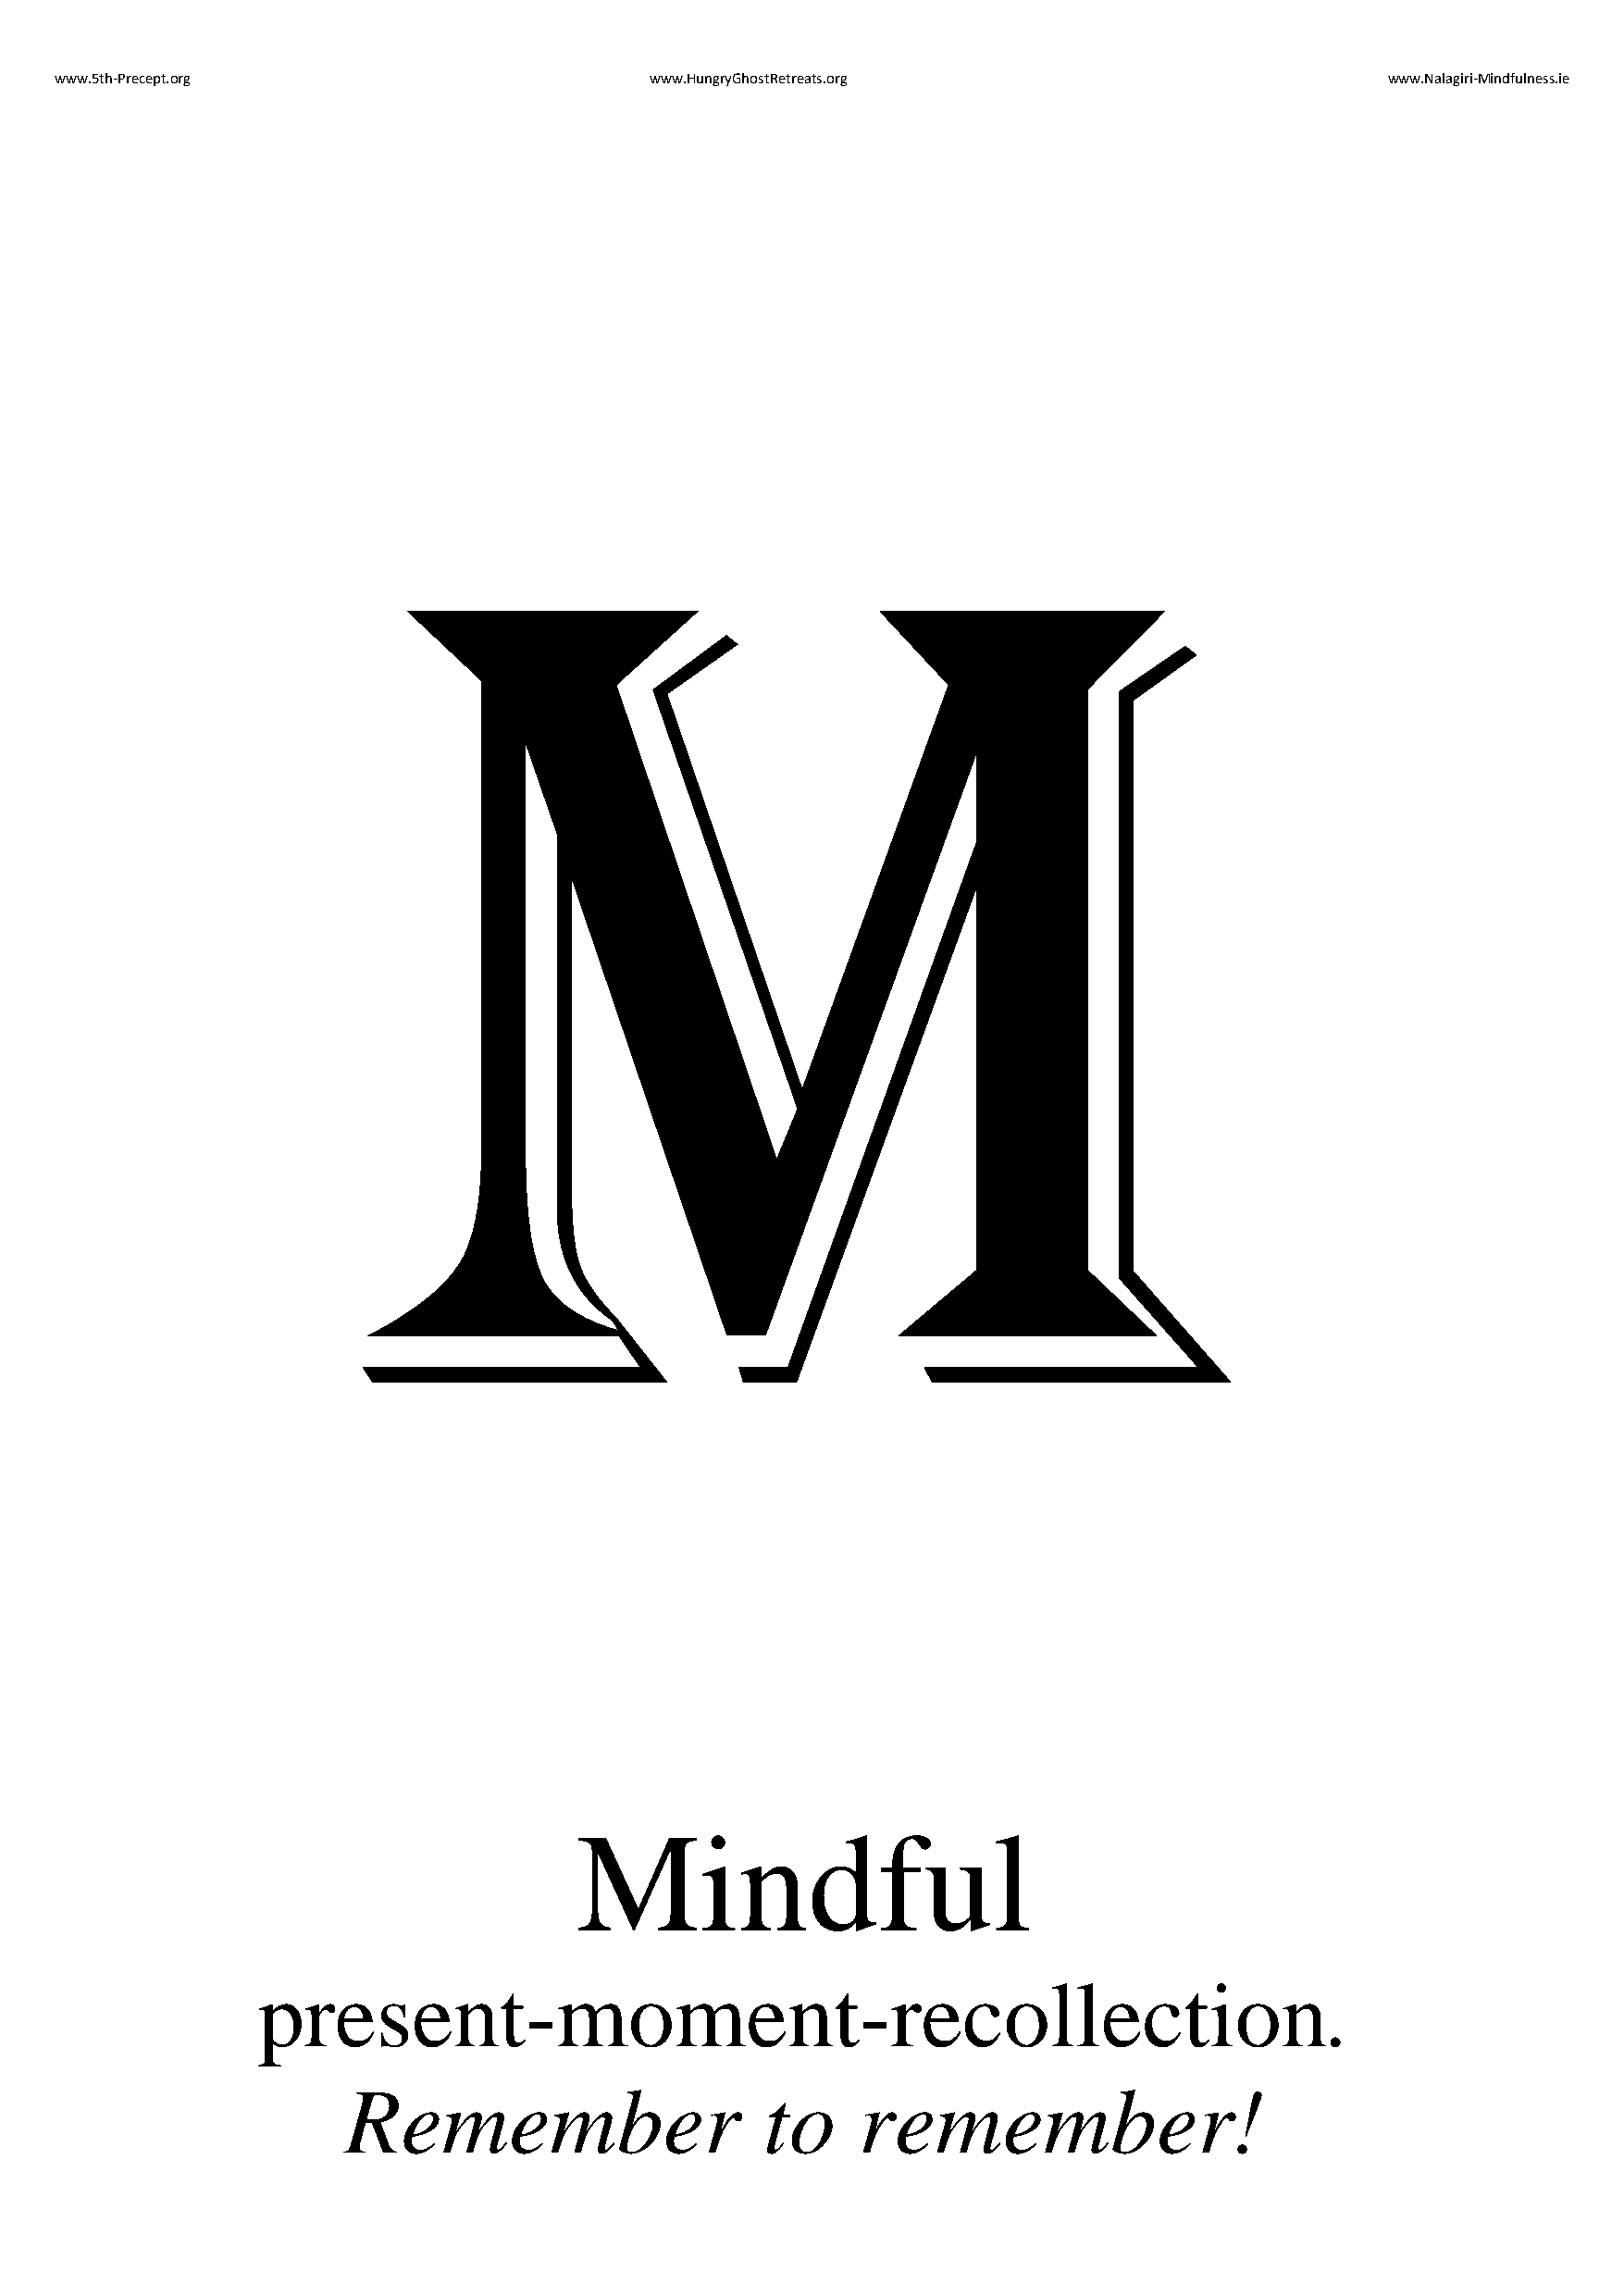
www.5th-Precept.org                       www.HungryGhostRetreats.org                          www.Nalagiri-Mindfulness.ie
 M
 Mindful
 present-moment-recollection.
 Remember                      to    remember!